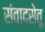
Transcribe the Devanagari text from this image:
संवादसेतू